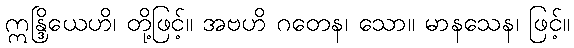
ဣန္ဒြိယေဟိ၊ တို့ဖြင့်။ အဗဟိ ဂတေန၊ သော။ မာနသေန၊ ဖြင့်။